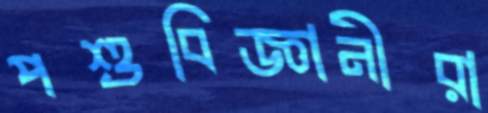
পশুবিজ্ঞানীরা